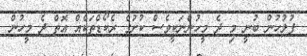
ފުލުހުން ބުނީ މި ދެ މީހުންނަކީވެސް ކުށުގެ ރެކޯޑްތަކެއް އޮތް ދެ މީހުން